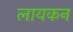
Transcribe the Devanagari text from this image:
लायकन